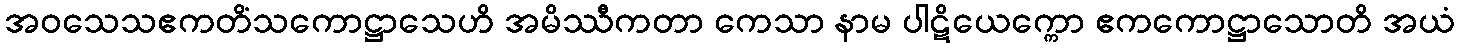
အဝသေသဧကတိံသကောဋ္ဌာသေဟိ အမိဿီကတာ ကေသာ နာမ ပါဋိယေက္ကော ဧကကောဋ္ဌာသောတိ အယံ